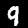
Digit: 9